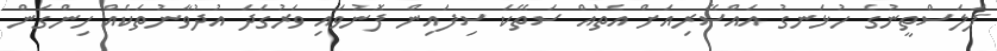
ފަލަސްތީނުގެ ހުޅަނގު އައްސޭރިއަށް އެތައް ސަތޭކަ ސިފައިން ފޮނުވައި ވަރުގަދަ އުދުވާނުތަކެއް ހިންގަން